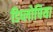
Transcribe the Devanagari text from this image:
डिप्लोपिया